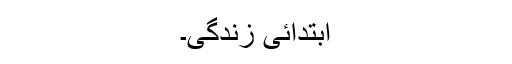
ابتدائی زندگی۔